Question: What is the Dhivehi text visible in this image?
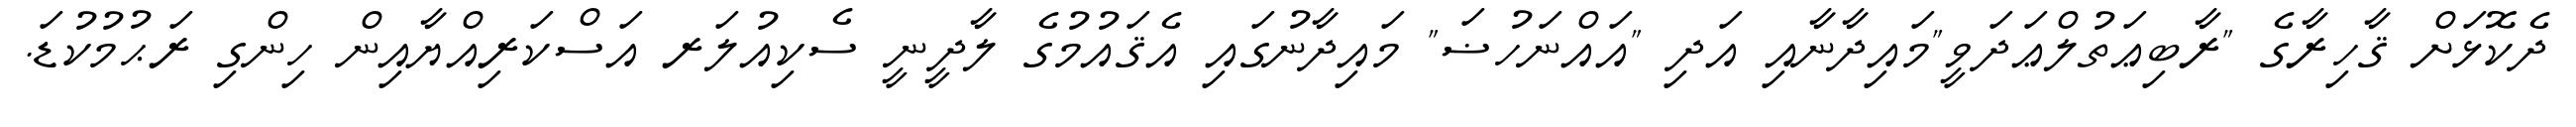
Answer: ދެކޮޅަށް ޤާހިރާގެ "ރާބިޢަތުލްޢަދަވީ"މައިދާނާއި އަދި "އައްނަހުޟަ" މައިދާނުގައި އެޤައުމުގެ ލާދީނީ ސެކިއުލަރ އަސްކަރިއްޔާއިން ހިންގި ރަޙުމުކުޑަ.